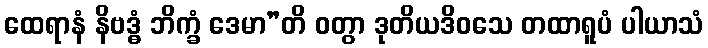
ထေရာနံ နိဗဒ္ဓံ ဘိက္ခံ ဒေမာ”တိ ဝတွာ ဒုတိယဒိဝသေ တထာရူပံ ပါယာသံ